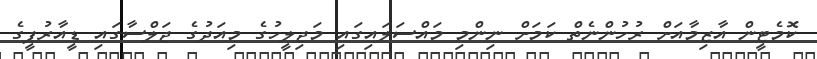
ކޮމެޓީން އާޒިމާއަށް ރުހުންނެތް ކަމަށް ނިންމި މައްސަލައިގައި މަޖިލީހުގެ މިއަދުގެ ޖަލްސާގައި ޑީއާރުޕީގެ